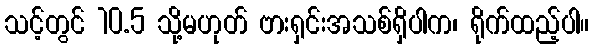
သင့်တွင် 10.5 သို့မဟုတ် ဗားရှင်းအသစ်ရှိပါက၊ ရိုက်ထည့်ပါ။